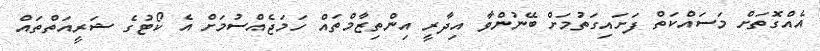
އެއްގޮތަށް މަސައްކަތް ފަށައިގަތުމަށް ބޭނުންވާ އިދާރީ އިންތިޒާމްތައް ހަމަޖެއްސުމަށް އެ ކޯޓުގެ ޝަރީއަތްތައް